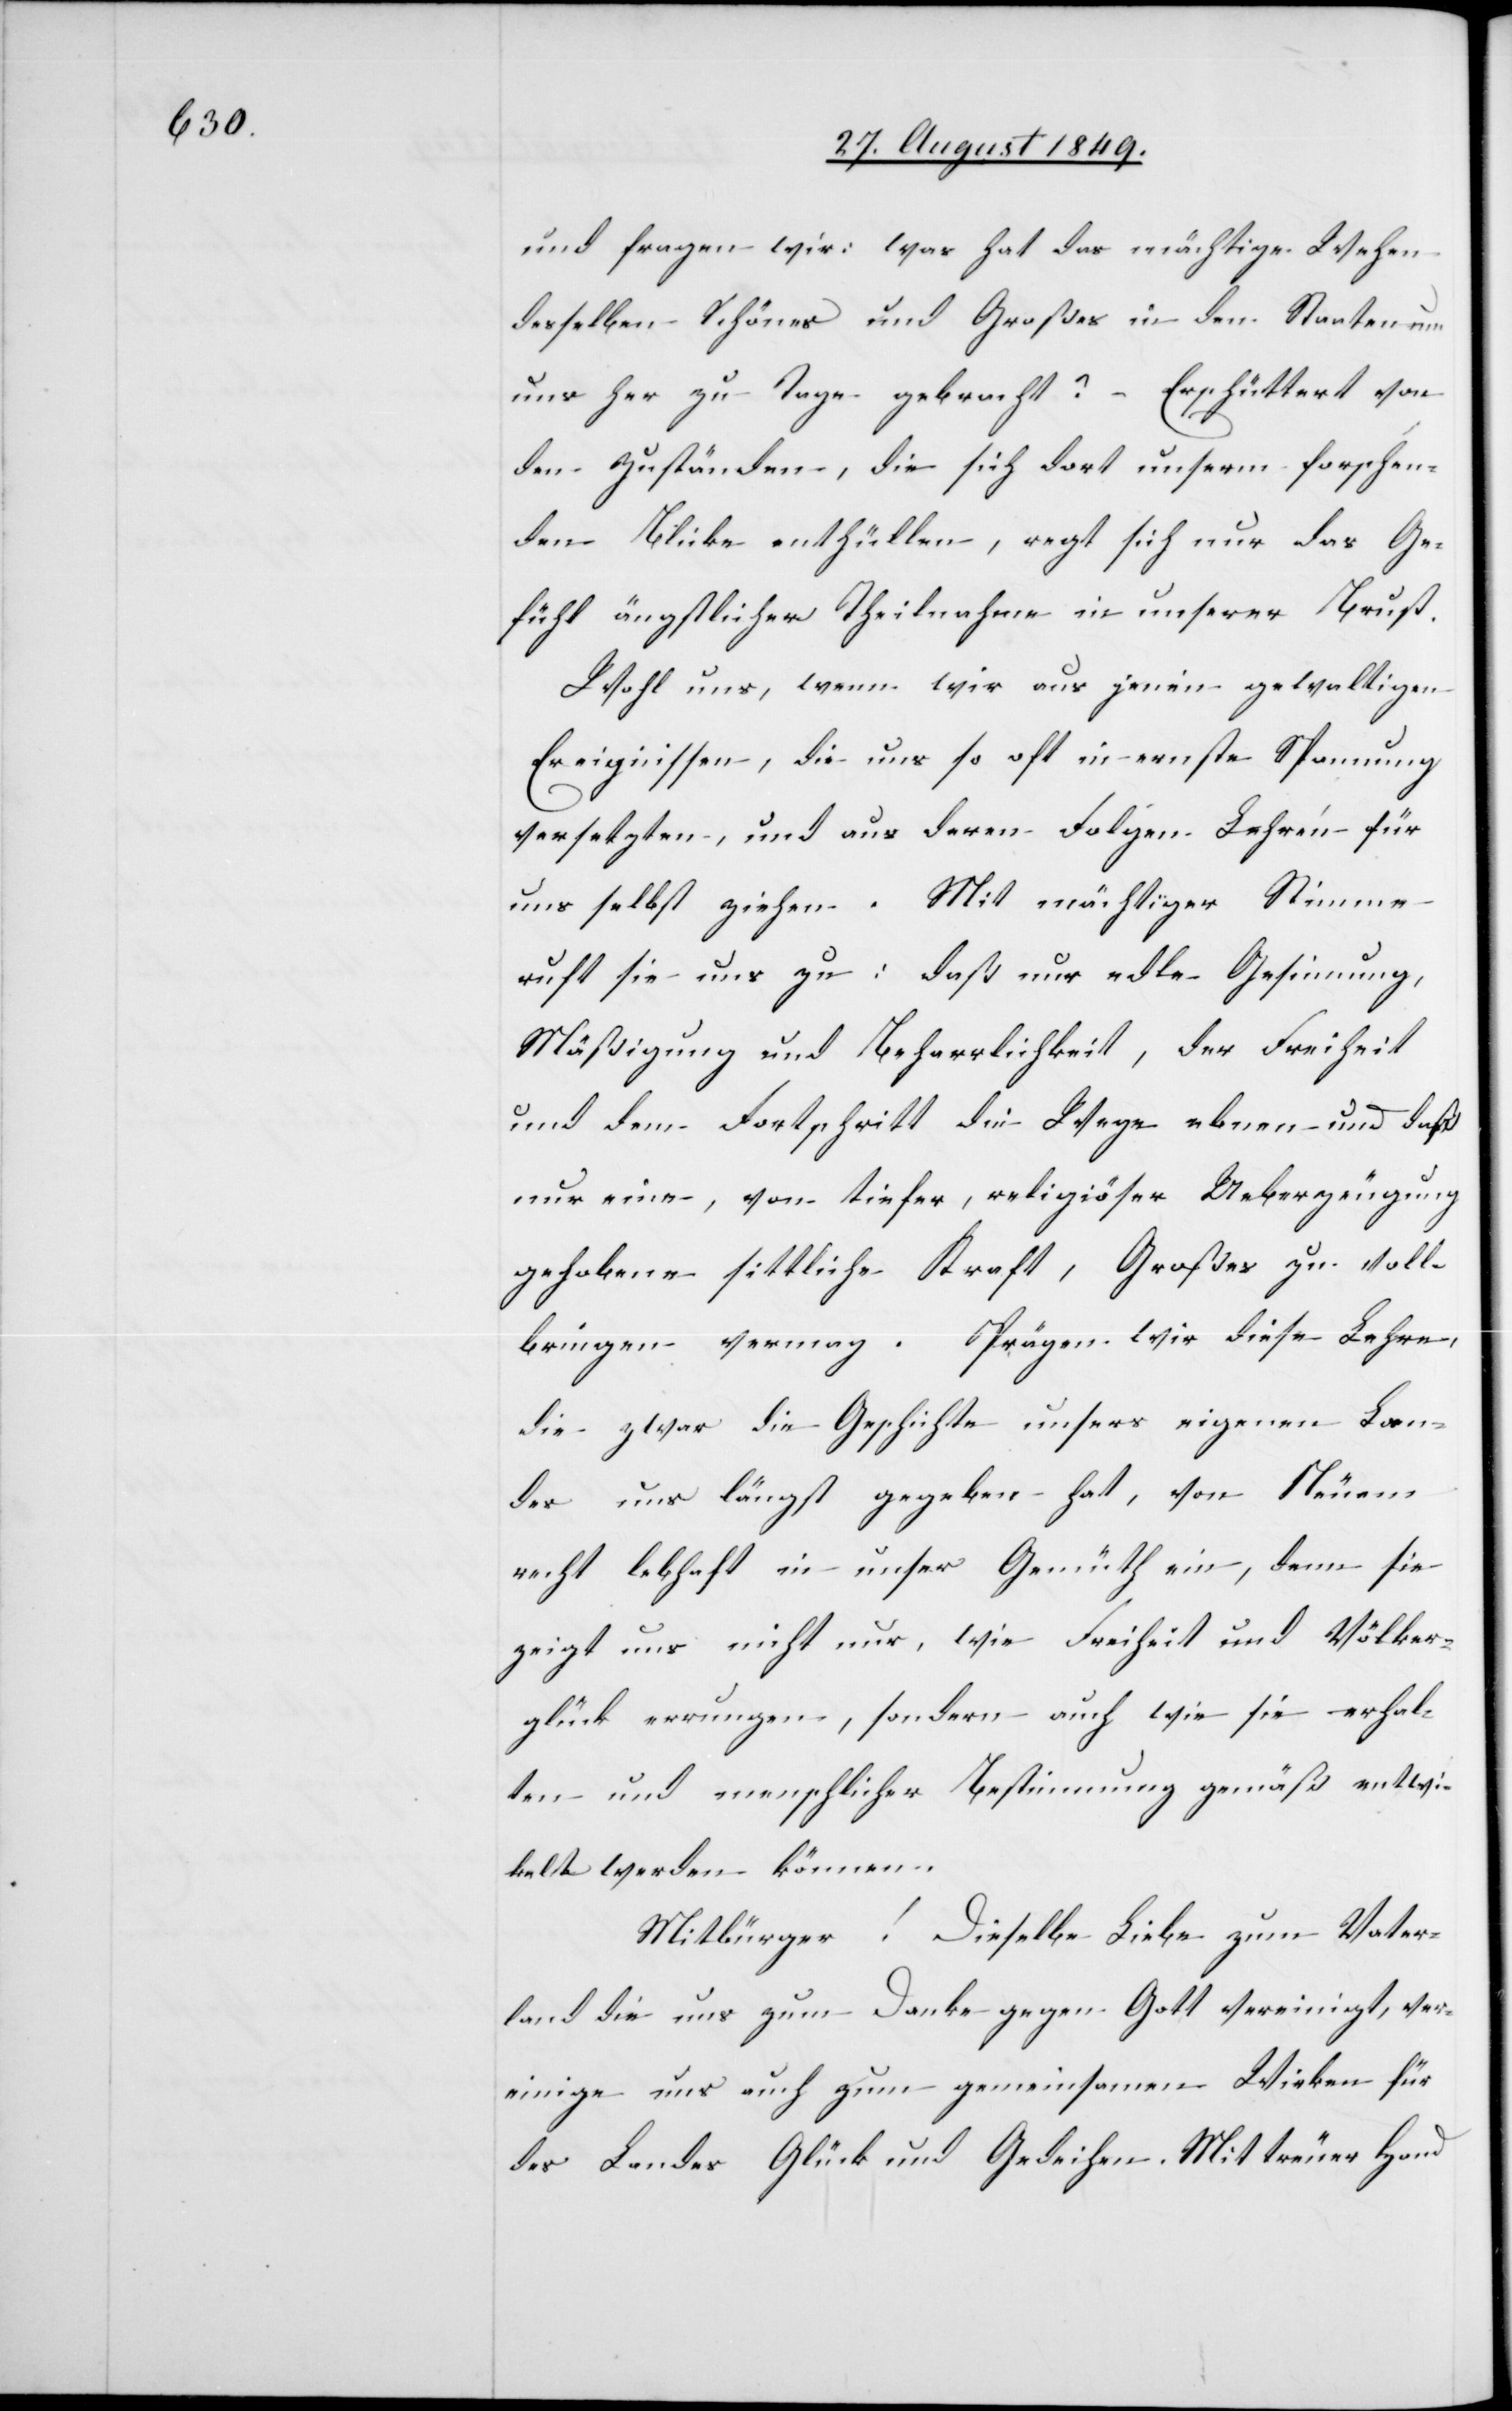
und fragen wir: was hat das mächtige Wehen
desselben Schönes und Großes in den Staaten um
uns her zu Tage gebracht? – Erschüttert von
den Zuständen, die sich dort unserm forschen¬
den Blicke enthüllen, regt sich nur das Ge¬
fühl ängstlicher Theilnahme in unserer Brust.
Wohl uns, wenn wir aus jenen gewaltigen
Ereignissen, die uns so oft in ernste Spannung
versetzten, und aus deren Folgen Lehren für
uns selbst ziehen. Mit mächtiger Stimme
ruft sie uns zu: daß nur edle Gesinnung,
Mäßigung und Beharrlichkeit, der Freiheit
und dem Fortschritt die Wege ebnen und daß
nur eine, von tiefer, religiöser Ueberzeugung
gehobene sittliche Kraft, Großes zu voll¬
bringen vermag. Prägen wir diese Lehre,
die zwar die Geschichte unsers eigenen Lan¬
des uns längst gegeben hat, von Neuem
recht lebhaft in unser Gemüth ein, denn sie
zeigt uns nicht nur, wie Freiheit und Völker¬
glück errungen, sondern auch wie sie erhal¬
ten und menschlicher Bestimmung gemäß entwi¬
kelt werden können.
Mitbürger! Dieselbe Liebe zum Vater¬
land die uns zum Danke gegen Gott vereinigt, ver¬
einige uns auch zum gemeinsamen Wirken für
des Landes Glück und Gedeihen. Mit treuer Hand